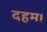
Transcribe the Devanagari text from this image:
दहम।